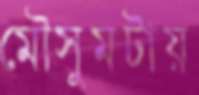
মৌসুমটায়